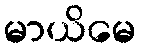
မာယိမေ